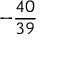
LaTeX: - { \frac { 4 0 } { 3 9 } }